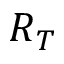
R _ { T }